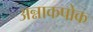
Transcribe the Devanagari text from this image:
अन्नाकपोक